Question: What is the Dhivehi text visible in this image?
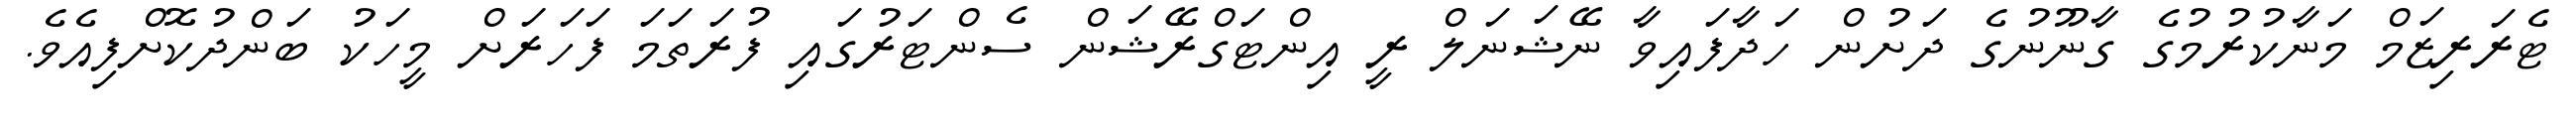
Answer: ޓެރަރިޒަމް މަނާކުރުމުގެ ގާނޫނުގެ ދަށުން ހަދާފައިވާ ނޭޝަނަލް ރީ އިންޓަގްރޭޝަން ސެންޓަރުގައި ފުރަތަމަ ފަހަރަށް މީހަކު ބަންދުކޮށްފިއެވެ.